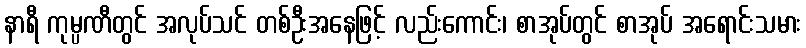
နာရီ ကုမ္ပဏီတွင် အလုပ်သင် တစ်ဦးအနေဖြင့် လည်းကောင်း၊ စာအုပ်တွင် စာအုပ် အရောင်းသမား